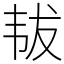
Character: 韨